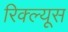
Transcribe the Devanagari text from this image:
रिक्ल्यूस